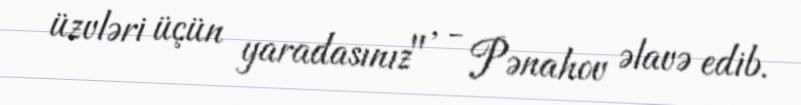
üzvləri üçün yaradasınız" , - Pənahov əlavə edib.